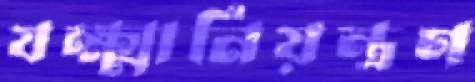
যক্ষ্মানিয়ন্ত্রণ